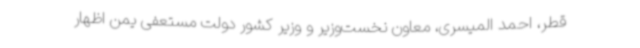
قطر، احمد المیسری، معاون نخست‌وزیر و وزیر کشور دولت مستعفی یمن اظهار